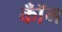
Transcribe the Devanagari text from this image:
कॉँम